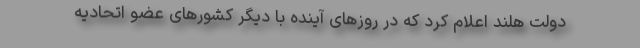
دولت هلند اعلام کرد که در روزهای آینده با دیگر کشورهای عضو اتحادیه